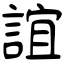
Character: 誼